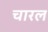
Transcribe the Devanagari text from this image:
चारल